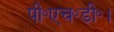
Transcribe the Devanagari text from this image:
पी॰एच॰डी॰।